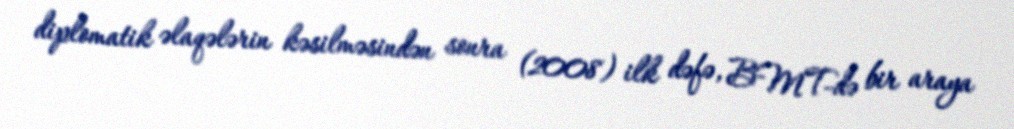
diplomatik əlaqələrin kəsilməsindən sonra (2008) ilk dəfə, BMT-də bir araya